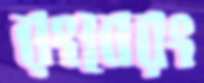
রংবেরং